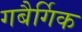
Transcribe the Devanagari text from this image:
गबैर्गिक